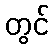
တွင်